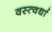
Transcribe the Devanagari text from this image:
वस्त्वर्धा